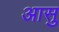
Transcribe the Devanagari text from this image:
आसु